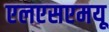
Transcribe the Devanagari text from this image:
एलएसएमयू